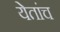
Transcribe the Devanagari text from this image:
येतांच